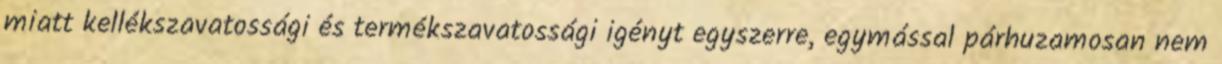
miatt kellékszavatossági és termékszavatossági igényt egyszerre, egymással párhuzamosan nem